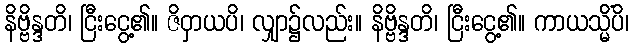
နိဗ္ဗိန္ဒတိ၊ ငြီးငွေ့၏။ ဇိဝှာယပိ၊ လျှာ၌လည်း။ နိဗ္ဗိန္ဒတိ၊ ငြီးငွေ့၏။ ကာယသ္မိံပိ၊